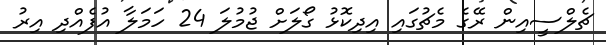
ޗެލްސީއިން ރޭގެ މެޗުގައި އިދިކޮޅު ގޯލަށް ޖުމުލަ 24 ހަމަލާ އުފެއްދި އިރު